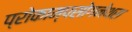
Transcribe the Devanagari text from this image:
प्रोकाम्‍पसोगनेथस